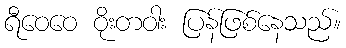
ရီဝေဝေ ဝိုးတဝါး ပြန်ဖြစ်နေသည်။